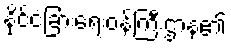
နိုင်ငံခြားရေးဝန်ကြီးဌာန၏